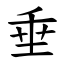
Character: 垂